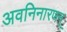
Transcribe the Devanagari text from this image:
अवनिनारणन्